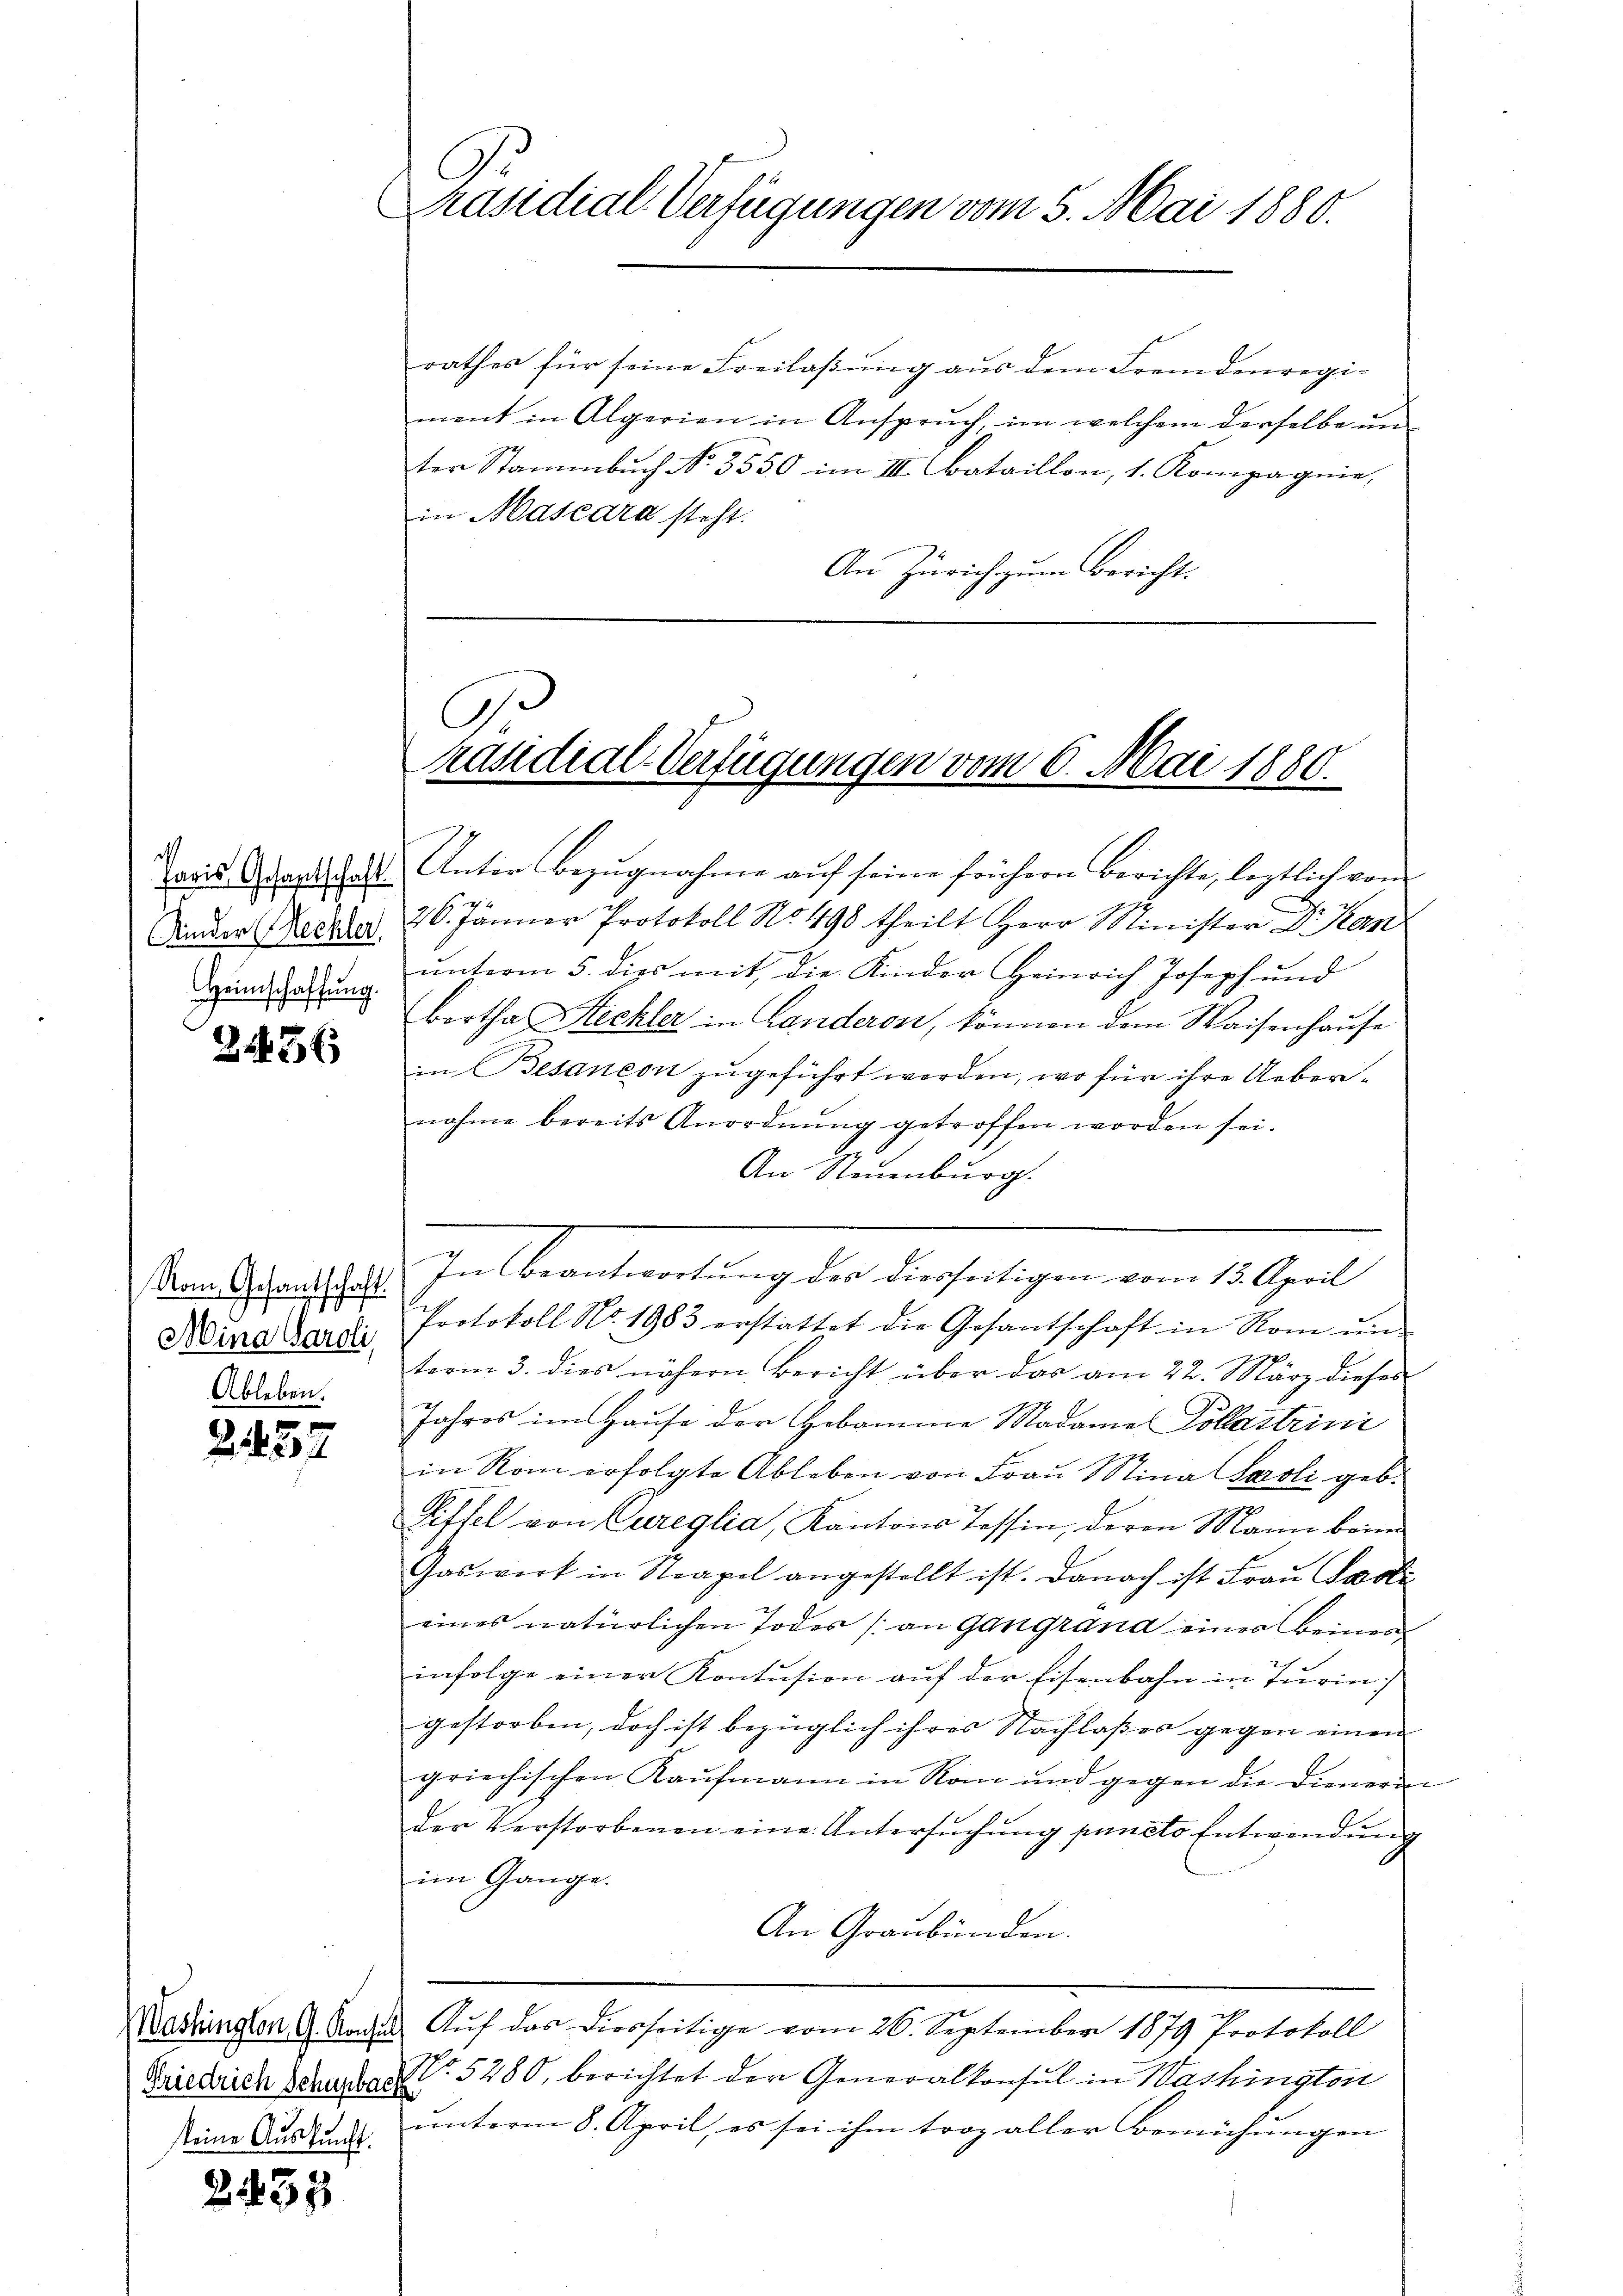
21436

Rom, Gesantschaft.
Mina Paroli
Ableben.

2452

Friedrich Schupbach

2433

Präsidial-Verfügungen vom 5. Mai 1886.

rathes für seine Freilaßung aus dem Fremdenregi-
ment in Algerien in Anspruch, im welchem derselbe un
ter Stammbuch No. 3550 im III. Bataillon, 1. Kompagnie,
in Mascara steht.
An Zürich zum Bericht.

Präsidial-Verfügungen vom 6. Mai 188.
1

aris Wertschaft Unter Bezŭgnahme aŭf seine frühern Berichte, leztlich von
Sinder Rechter 26. Jänner Protokoll No 498 theilt Herr Minister Dr Kerz
Hundsatzung unterm 5. dies mit die Kinder Heinrich Joseph und
bertha Steckler in Landeron, können dem Waisenhause
in Besançon zugeführt werden, wo für ihre Uebernahme bereits Anordnung getroffen worden sei.
1
An Steuenburg.
Zettenteilung der Kircherigen vom 1. Jul
Protokoll No. 1983 erstattet die Gesantschaft in Rom ŭm
term 3. dies nähern Bericht über das am 22. März dieses
Jahres im Hause der Hebamme Madame Collastrini
in Rom erfolgte Ableben von Frau Mina Paoli geb.
Giftel von Cureglia, Kantons Tessin, deren Mann beim
Gaswerk in Neapel angestellt ist. Danach ist Frau Paste
eines natürlichen Todes (an Gangrand eines Beine
infolge einer Kontŭsion auf der Eisenbahn in Turin
gestorben, doch ist bezüglich ihres Nachlasses gegen einen
griechischen Kaufmann in Rom und gegen die Dienerin
der Verstorbenen eine Untersuchung puncto Entwendung
im Gange.
An Graubünden.
Wertungen 9. Nach Aŭf das diesseitige vom 26. September 1879 Protokoll
No. 5280, berichtet der Generalkonsul in Washington
seine Auskunde unterm 8. April, es sei ihm troz aller Bemühungen